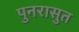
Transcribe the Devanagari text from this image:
पुनरासुत